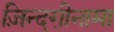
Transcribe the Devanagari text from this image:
ज़िन्दगी़नामा